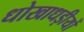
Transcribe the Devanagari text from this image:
धोखाधड़ीयों